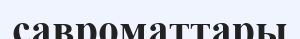
савроматтары